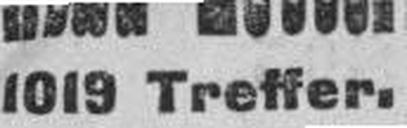
1019 Treffer.